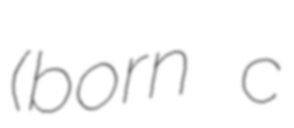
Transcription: (born c